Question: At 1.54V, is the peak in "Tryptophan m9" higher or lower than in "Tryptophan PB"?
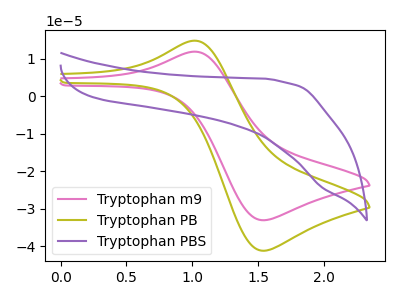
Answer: <think>The pink curve "Tryptophan m9" has an anodic peak at (1.05V, 11.90uA) and a cathodic peak at (1.55V, -33.10uA). The olive curve "Tryptophan PB" has an anodic peak at (1.05V, 14.85uA) and a cathodic peak at (1.55V, -41.25uA). The purple curve "Tryptophan PBS" has no peaks.</think>
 <answer>The peak at 1.54V is lower in "Tryptophan m9" than in "Tryptophan PB".</answer>
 <eval>lower</eval>